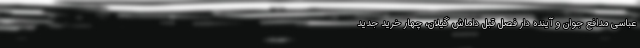
‌عباسی مدافع جوان و آینده دار فصل قبل داماش گیلان، چهار خرید جدید